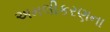
અમલીકરણના